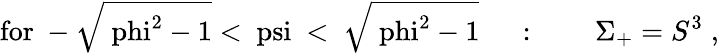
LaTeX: \mathrm{for~-\sqrt{\ phi^{2}-1}<\ psi~<~\sqrt{\ phi^{2}-1}~}\quad:\qquad\Sigma_{+}=S^{3}\; ,